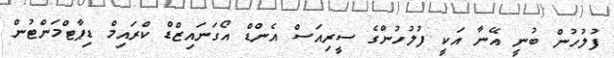
ފުލުހުން ބުނީ އޭނާ އަކީ ފުލުހުންގެ ސީރިއަސް އެންޑް އޯގަނައިޒްޑް ކްރައިމް ޑިޕާޓްމަންޓުން